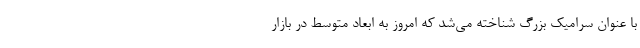
با عنوان سرامیک بزرگ شناخته می‌شد که امروز به ابعاد متوسط در بازار